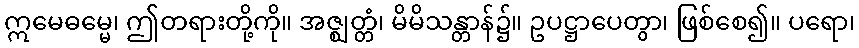
ဣမေဓမ္မေ၊ ဤတရားတို့ကို။ အဇ္ဈတ္တံ၊ မိမိသန္တာန်၌။ ဥပဋ္ဌာပေတွာ၊ ဖြစ်စေ၍။ ပရော၊